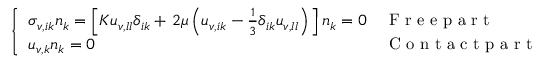
\left\{ \begin{array} { l l } { \sigma _ { v , i k } n _ { k } = \left[ K u _ { v , l l } \delta _ { i k } + \left. 2 \mu \left( u _ { v , i k } - \frac { 1 } { 3 } \delta _ { i k } u _ { v , l l } \right) \right. \right] n _ { k } = 0 } & { \mathrm { ~ F ~ r ~ e ~ e ~ p ~ a ~ r ~ t ~ } } \\ { u _ { v , k } n _ { k } = 0 } & { \mathrm { ~ C ~ o ~ n ~ t ~ a ~ c ~ t ~ p ~ a ~ r ~ t ~ } } \end{array} \right.